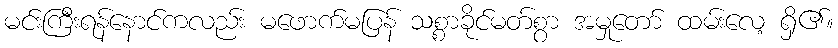
မင်းကြီးရန်နောင်ကလည်း မဖောက်မပြန် သစ္စာခိုင်မတ်စွာ အမှုတော် ထမ်းလေ့ ရှိ၏။